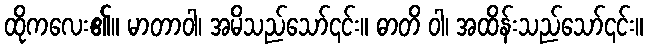
ထိုကလေး၏။ မာတာဝါ၊ အမိသည်သော်၎င်း။ ဓာတိ ဝါ၊ အထိန်းသည်သော်၎င်း။